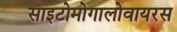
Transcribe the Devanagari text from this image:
साइटोमोगालोवायरस